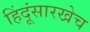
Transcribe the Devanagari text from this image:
हिंदूंसारखेच